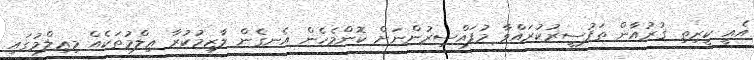
އެއީ ކީރިތި ޤުރުއާން ތަފުސީރުކުރައްވާ މުފައްސިރުންނަށް ކޮންމެހެން އެނގެން ލާޒިމުކުރާ ޢިލްމުތަކެއް މިޢިލްމުގައި